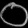
Digit: ၀